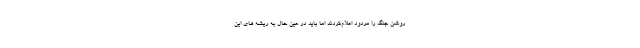
روشن جنگ را مردود اعلام‌کردند اما باید در عین حال به ریشه های این